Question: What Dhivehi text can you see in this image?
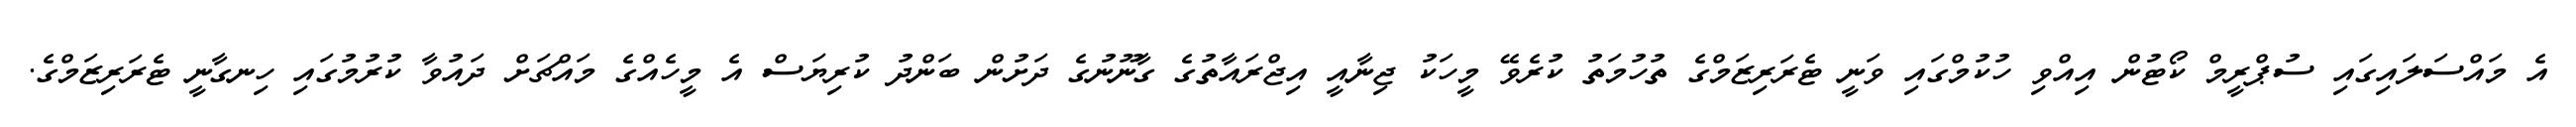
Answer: އެ މައްސަލައިގައި ސުޕްރީމް ކޯޓުން އިއްވި ހުކުމްގައި ވަނީ ޓެރަރިޒަމްގެ ތުހުމަތު ކުރެވޭ މީހަކު ޖިނާއީ އިޖްރައާތުގެ ގާނޫނުގެ ދަށުން ބަންދު ކުރިޔަސް އެ މީހެއްގެ މައްޗަށް ދައުވާ ކުރުމުގައި ހިނގާނީ ޓެރަރިޒަމްގެ.